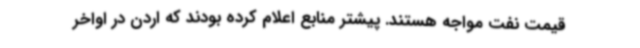
قیمت نفت مواجه هستند. پیشتر منابع اعلام کرده بودند که اردن در اواخر